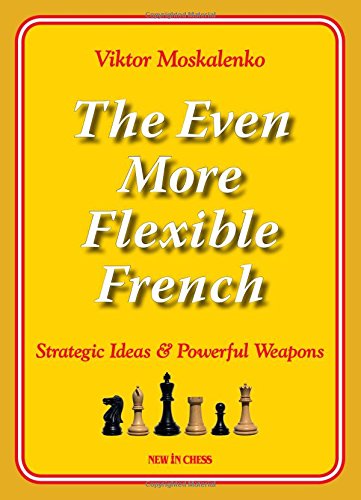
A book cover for The Even More Flexible French: Strategic Ideas & Powerful Weapons; Viktor Moskalenko; Humor & Entertainment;